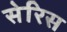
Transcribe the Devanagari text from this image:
सेरिस